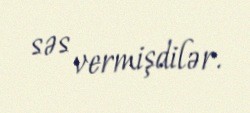
səs vermişdilər.